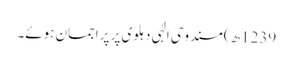
1239ھ) مسند وحی الٰہی دہلوی پر پراجمان ہوئے۔